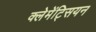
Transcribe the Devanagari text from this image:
क्लेमेंट्सियन